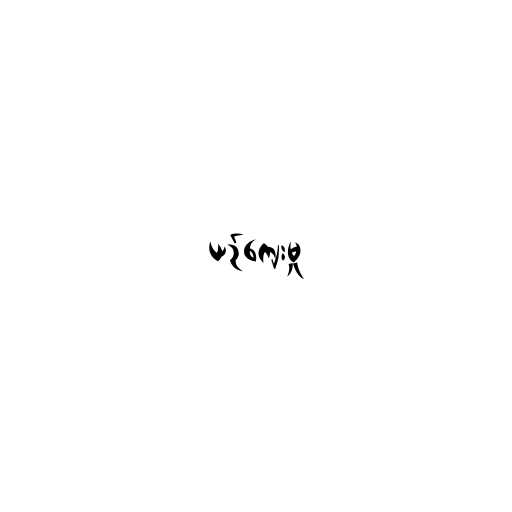
ယဉ်ကျေးမှု